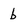
Character: b